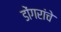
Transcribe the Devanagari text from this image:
डोंगरांचे